Vaccination North-Western Provinces 1866-1877 - 1866-1877
Year: 1866
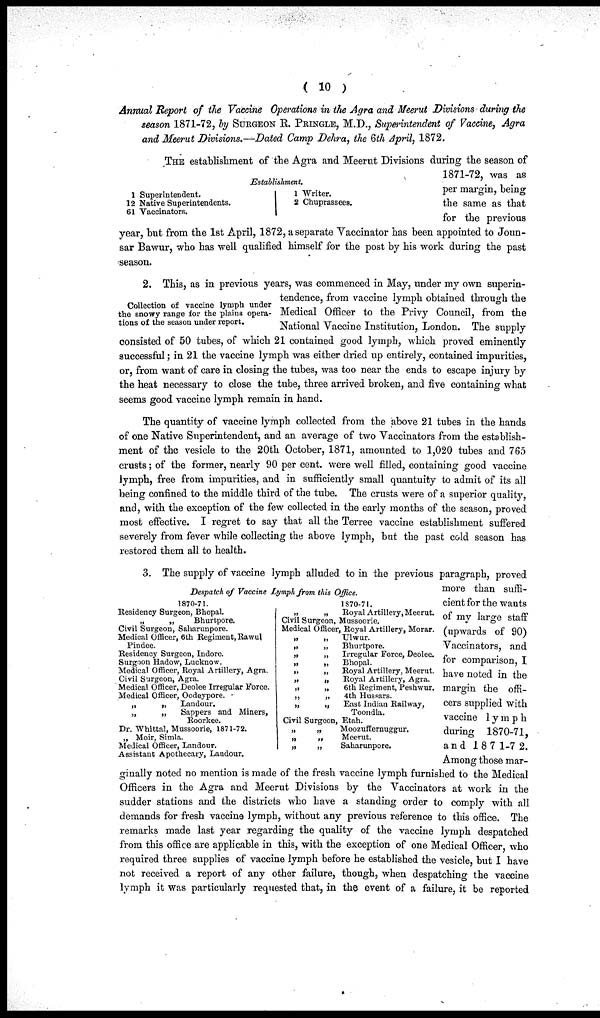
( 10 )
Annual Report of the Vaccine Operations in the Agra and Meerut Divisions during the
season 1871-72, by SURGEON R. PRINGLE, M.D., Superintendent of Vaccine, Agra
and Meerut Divisions.—Dated Camp Dehra, the 6th April, 1872.
Establishment.
1
12
61
Superintendent.
Native Superintendents.
Vaccinators.
1
2
Writer.
Chuprassees.
THE establishment of the Agra and Meerut Divisions during the season of
1871-72, was as
per margin, being
the same as that
for the previous
year, but from the 1st April, 1872, a separate Vaccinator has been appointed to Joun¬
sar Bawur, who has well qualified himself for the post by his work during the past
season.
Collection of vaccine lymph under
the snowy range for the plains opera-
tions of the season under report.
2. This, as in previous years, was commenced in May, under my own superin-
tendence, from vaccine lymph obtained through the
Medical Officer to the Privy Council, from the
National Vaccine Institution, London. The supply
consisted of 50 tubes, of which 21 contained good lymph, which proved eminently
successful; in 21 the vaccine lymph was either dried up entirely, contained impurities,
or, from want of care in closing the tubes, was too near the ends to escape injury by
the heat necessary to close the tube, three arrived broken, and five containing what
seems good vaccine lymph remain in hand.
The quantity of vaccine lymph collected from the above 21 tubes in the hands
of one Native Superintendent, and an average of two Vaccinators from the establish-
ment of the vesicle to the 20th October, 1871, amounted to 1,020 tubes and 765
crusts; of the former, nearly 90 per cent. were well filled, containing good vaccine
lymph, free from impurities, and in sufficiently small quantuity to admit of its all
being confined to the middle third of the tube. The crusts were of a superior quality,
and, with the exception of the few collected in the early months of the season, proved
most effective. I regret to say that all the Terree vaccine establishment suffered
severely from fever while collecting the above lymph, but the past cold season has
restored them all to health.
Despatch of Vaccine Lymph from this Office.
1870-71.
Residency Surgeon, Bhopal.
„
„
Bhurtpore.
Civil Surgeon, Saharunpore.
Medical Officer, 6th Regiment, Rawul
Pindee.
Residency Surgeon, Indore.
Surgoon Hadow, Lucknow.
Medical Officer, Royal Artillery, Agra.
Civil Surgeon, Agra.
Medical Officer, Deolee Irregular Force.
Medical Officer, Oodeypore.
„
„
Landour.
„
„
Sappers and Miners,
Roorkee.
Dr. Whittal, Mussoorie, 1871-72.
„ Moir, Simla.
Medical Officer, Landour.
Assistant Apothecary, Landour.
1870-71.
„
„
Royal Artillery, Meerut.
Civil Surgeon, Mussoorie.
Medical Officer, Royal Artillery, Morar.
„
„
Ulwur.
„
„
Bhurtpore.
„
„
Irregular Force, Deolee.
„
„
Bhopal.
„
„
Royal Artillery, Meerut.
„
„
Royal Artillery, Agra.
„
„
6th Regiment, Peshwur.
„
„
4th Hussars.
„
„
East Indian Railway,
Toondla.
Civil Surgeon, Etah.
„
„
Moozuffernuggur.
„
„
Meerut.
„
„
Saharunpore.
3. The supply of vaccine lymph alluded to in the previous paragraph, proved
more than suffi-
cient for the wants
of my large staff
(upwards of 90)
Vaccinators, and
for comparison, I
have noted in the
margin the offi-
cers supplied with
vaccine lymph
during 1870-71,
and 1871-72.
Among those mar-
ginally noted no mention is made of the fresh vaccine lymph furnished to the Medical
Officers in the Agra and Meerut Divisions by the Vaccinators at work in the
sudder stations and the districts who have a standing order to comply with all
demands for fresh vaccine lymph, without any previous reference to this office. The
remarks made last year regarding the quality of the vaccine lymph despatched
from this office are applicable in this, with the exception of one Medical Officer, who
required three supplies of vaccine lymph before he established the vesicle, but I have
not received a report of any other failure, though, when despatching the vaccine
lymph it was particularly requested that, in the event of a failure, it be reported